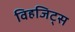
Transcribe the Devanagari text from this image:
विहजिट्स